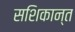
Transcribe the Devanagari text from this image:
सशिकान्त